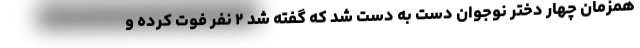
همزمان چهار دختر نوجوان دست به دست شد که گفته شد ۲ نفر فوت کرده و